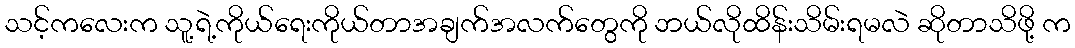
သင့်ကလေးက သူ့ရဲ့ကိုယ်ရေးကိုယ်တာအချက်အလက်တွေကို ဘယ်လိုထိန်းသိမ်းရမလဲ ဆိုတာသိဖို့ က